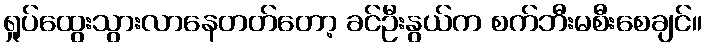
ရှုပ်ထွေးသွားလာနေတတ်တော့ ခင်ဦးနွယ်က စက်ဘီးမစီးစေချင်။